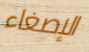
الإصغاء